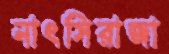
নাৎসিরাজা